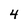
Character: 4